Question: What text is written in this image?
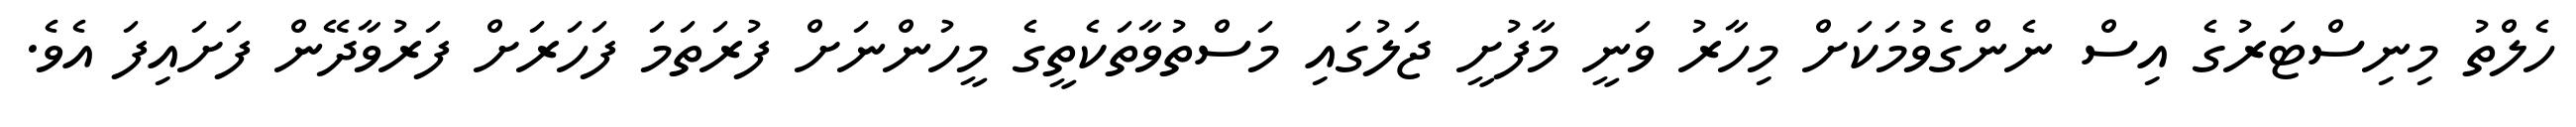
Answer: ހެލްތު މިނިސްޓަރުގެ އިސް ނެންގެވުމަކަށް މިހާރު ވަނީ މާފުށީ ޖަލުގައި މަސްތުވާތަކެތީގެ މީހުންނަށް ފުރަތަމަ ފަހަރަށް ފަރުވާދޭން ފަށައިފަ އެވެ.